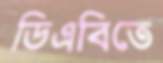
ডিএবিতে